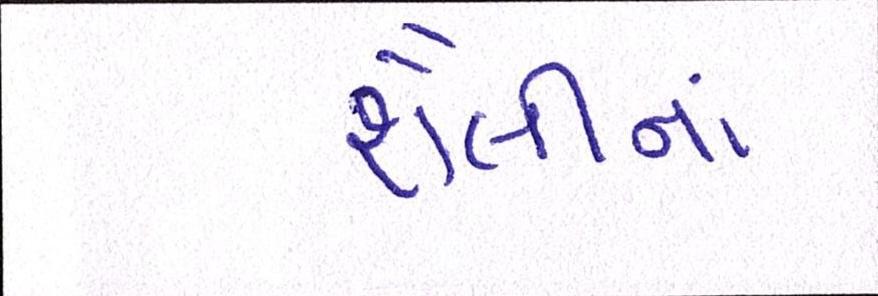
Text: શૈલીનાં